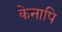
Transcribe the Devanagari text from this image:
केनापि